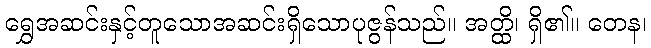
ရွှေအဆင်းနှင့်တူသောအဆင်းရှိသောပုဇွန်သည်။ အတ္ထိ၊ ရှိ၏။ တေန၊